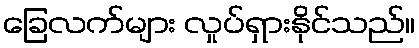
ခြေလက်များ လှုပ်ရှားနိုင်သည်။